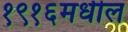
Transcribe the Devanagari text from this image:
१९१६मधील